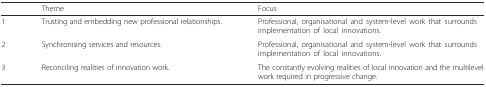
<table><thead><tr><td></td><td><b>Theme</b></td><td><b>Focus</b></td></tr></thead><tbody><tr><td>1</td><td>Trusting and embedding new professional relationships.</td><td>Professional, organisational and system-level work that surrounds implementation of local innovations.</td></tr><tr><td>2</td><td>Synchronising services and resources.</td><td>Professional, organisational and system-level work that surrounds implementation of local innovations.</td></tr><tr><td>3</td><td>Reconciling realities of innovation work.</td><td>The constantly evolving realities of local innovation and the multilevel work required in progressive change.</td></tr></tbody></table>